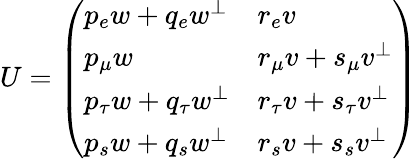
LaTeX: U=\left(\begin{array}{ll}{{p_{e}w+q_{e}w^{\bot}}}&{{r_{e}v}}\\ {{p_{\mu}w}}&{{r_{\mu}v+s_{\mu}v^{\bot}}}\\ {{p_{\tau}w+q_{\tau}w^{\bot}}}&{{r_{\tau}v+s_{\tau}v^{\bot}}}\\ {{p_{s}w+q_{s}w^{\bot}}}&{{r_{s}v+s_{s}v^{\bot}}}\end{array}\right)